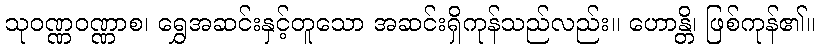
သုဝဏ္ဏဝဏ္ဏာစ၊ ရွှေအဆင်းနှင့်တူသော အဆင်းရှိကုန်သည်လည်း။ ဟောန္တိ၊ ဖြစ်ကုန်၏။